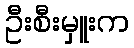
ဦးစီးမှူးက